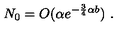
N _ { 0 } = O ( \alpha e ^ { - \frac { 3 } { 4 } \alpha b } ) \ .